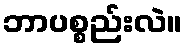
ဘာပစ္စည်းလဲ။